Scottish Certificate of Education, 1962
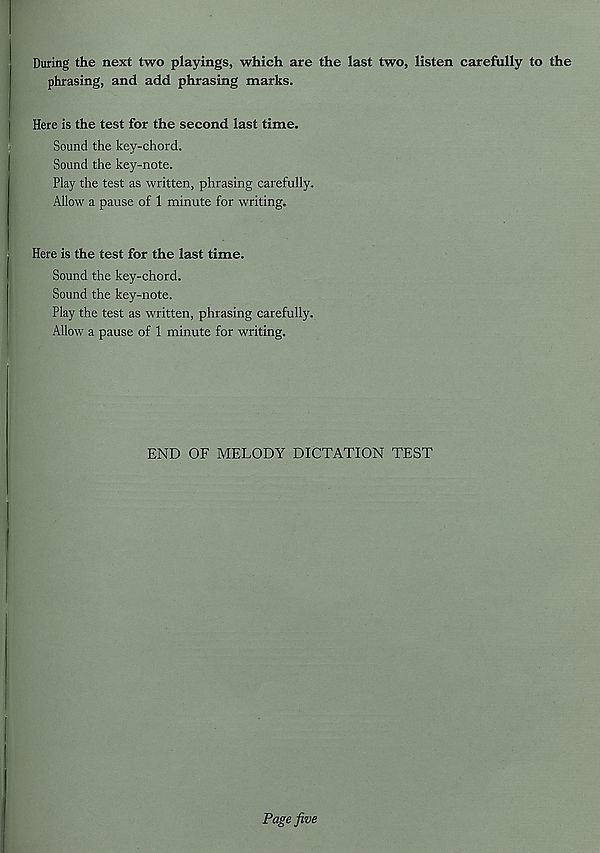
During the next two playings, which are the last two, listen carefully to the
phrasing, and add phrasing marks.
Here is the test for the second last time.
Sound the key-chord.
Sound the key-note.
Play the test as written, phrasing carefully.
Allow a pause of 1 minute for writing.
Here is the test for the last time.
Sound the key-chord.
Sound the key-note.
Play the test as written, phrasing carefully.
Allow a pause of 1 minute for writing.
END OF MELODY DICTATION TEST
Page five